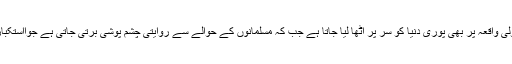
غیر مسلم ممالک میں قتل وغارت کے معمولی واقعہ پر بھی پوری دنیا کو سر پر اٹھا لیا جاتا ہے جب کہ مسلمانوں کے حوالے سے روایتی چشم پوشی برتی جاتی ہے جوااستکباری قوتوں کی بے حسی کی واضح دلیل ہے۔